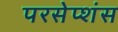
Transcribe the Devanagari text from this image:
परसेप्शंस